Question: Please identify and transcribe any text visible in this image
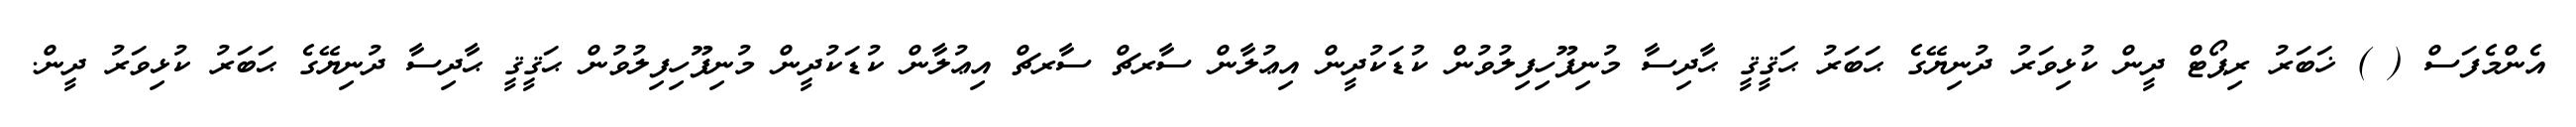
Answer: އެންމެފަސް ( ) ޚަބަރު ރިޕޯޓް ދީން ކުޅިވަރު ދުނިޔޭގެ ޙަބަރު ޙަޤީޤީ ޙާދިސާ މުނިފޫހިފިލުވުން ކުޑަކުދީން އިޢުލާން ސާރޗް ސާރޗް އިޢުލާން ކުޑަކުދީން މުނިފޫހިފިލުވުން ޙަޤީޤީ ޙާދިސާ ދުނިޔޭގެ ޙަބަރު ކުޅިވަރު ދީން.